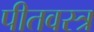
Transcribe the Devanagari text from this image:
पीतवस्त्र